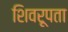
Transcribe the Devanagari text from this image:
शिवरूपता